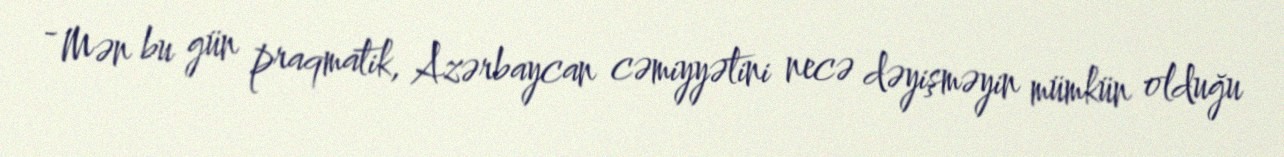
- Mən bu gün praqmatik, Azərbaycan cəmiyyətini necə dəyişməyin mümkün olduğu